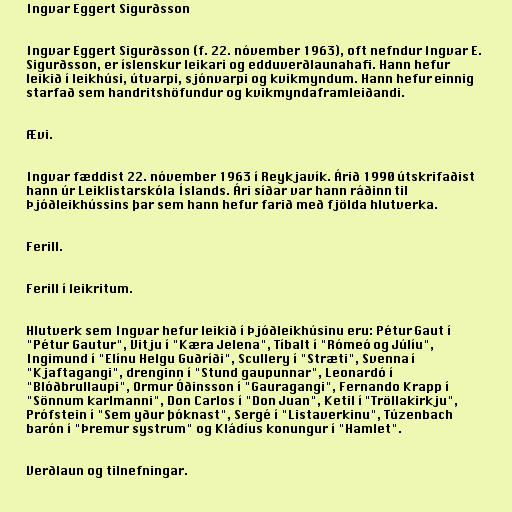
Ingvar Eggert Sigurðsson

Ingvar Eggert Sigurðsson (f. 22. nóvember 1963), oft nefndur Ingvar E.
Sigurðsson, er íslenskur leikari og edduverðlaunahafi. Hann hefur
leikið í leikhúsi, útvarpi, sjónvarpi og kvikmyndum. Hann hefur einnig
starfað sem handritshöfundur og kvikmyndaframleiðandi.

Ævi.

Ingvar fæddist 22. nóvember 1963 í Reykjavík. Árið 1990 útskrifaðist
hann úr Leiklistarskóla Íslands. Ári síðar var hann ráðinn til
Þjóðleikhússins þar sem hann hefur farið með fjölda hlutverka.

Ferill.

Ferill í leikritum.

Hlutverk sem Ingvar hefur leikið í Þjóðleikhúsinu eru: Pétur Gaut í
"Pétur Gautur", Vitju í "Kæra Jelena", Tíbalt í "Rómeó og Júlíu",
Ingimund í "Elínu Helgu Guðríði", Scullery í "Stræti", Svenna í
"Kjaftagangi", drenginn í "Stund gaupunnar", Leonardó í
"Blóðbrullaupi", Ormur Óðinsson í "Gauragangi", Fernando Krapp í
"Sönnum karlmanni", Don Carlos í "Don Juan", Ketil í "Tröllakirkju",
Prófstein í "Sem yður þóknast", Sergé í "Listaverkinu", Túzenbach
barón í "Þremur systrum" og Kládíus konungur í "Hamlet".

Verðlaun og tilnefningar.